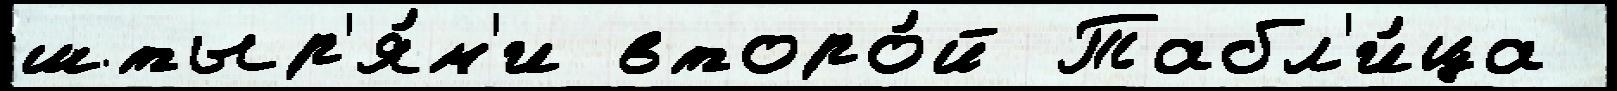
штыр'я́м'и второ́й Табл'и́ца